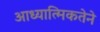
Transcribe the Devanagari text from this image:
आध्यात्मिकतेने